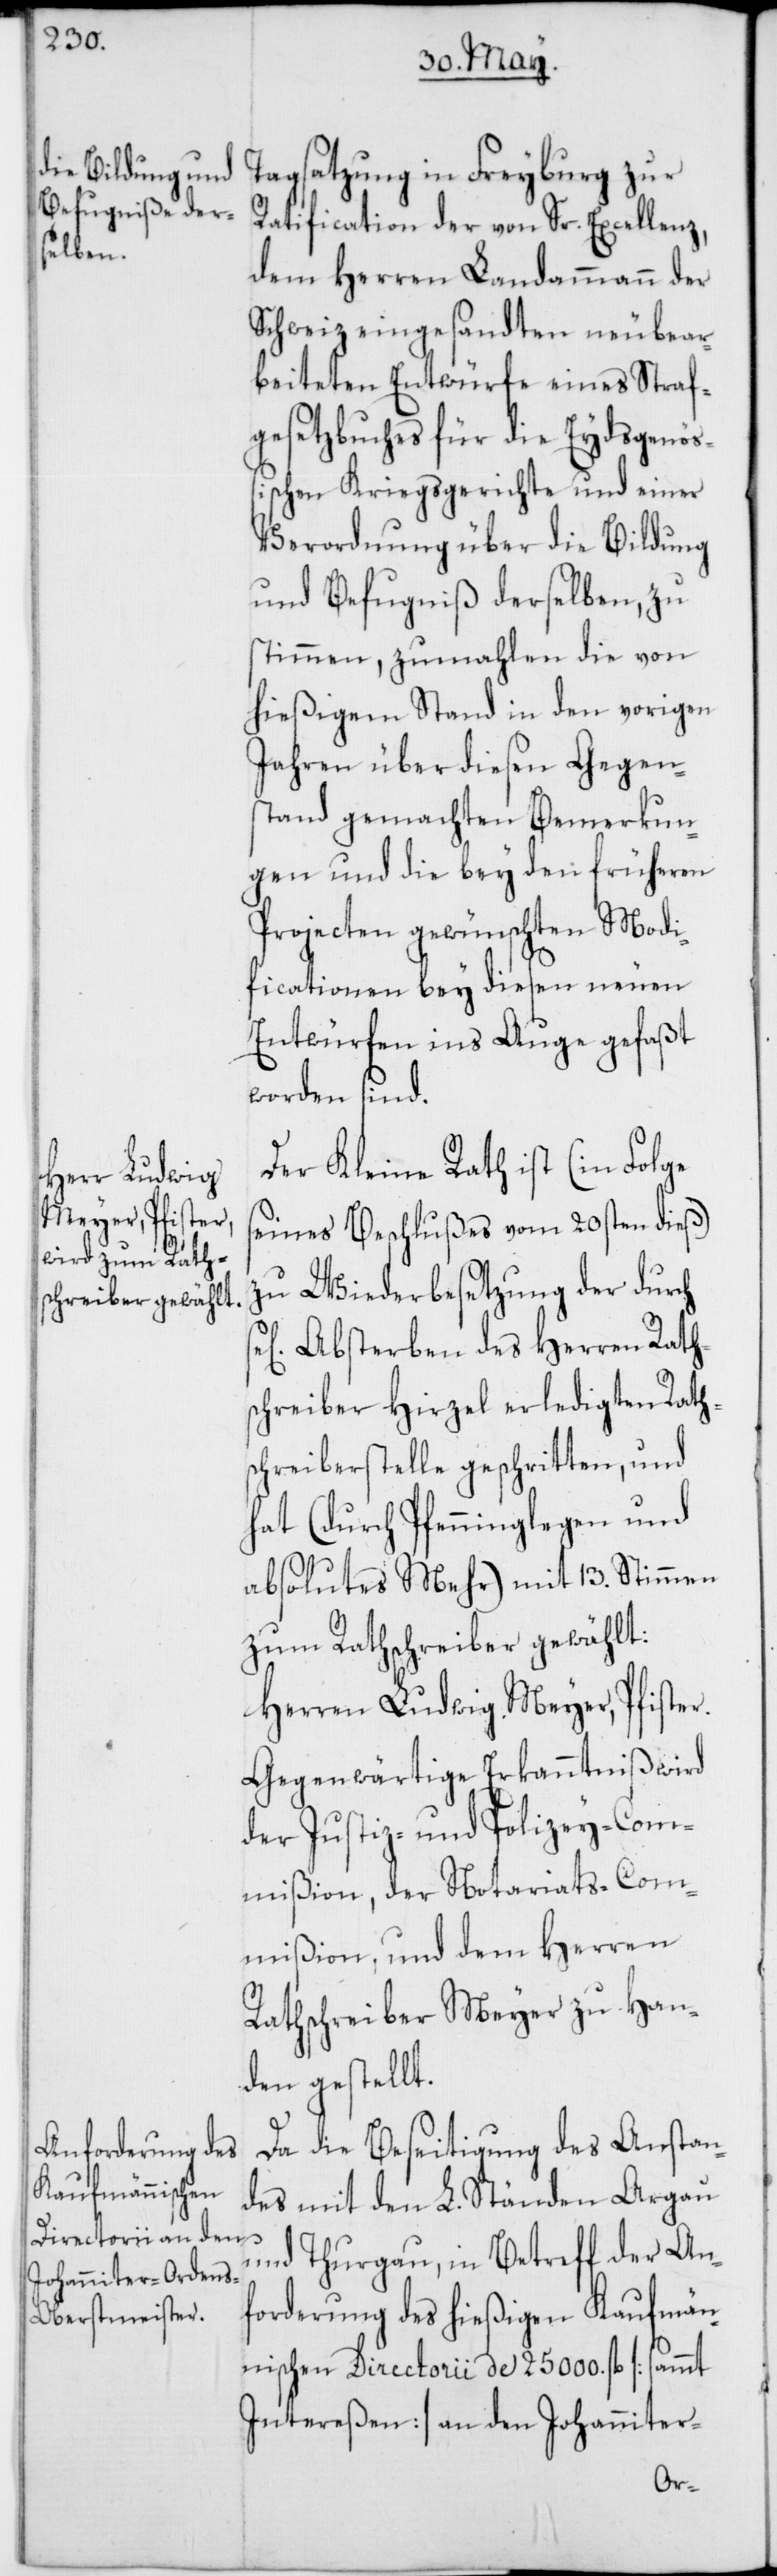
Tagsatzung in Freyburg zur
Ratification der von Sr. Excellenz,
dem Herren Landammann der
Schweiz eingesandten neu bear¬
beiteten Entwürfe eines Straf¬
gesetzbuches für die Eydsgenöß¬
ischen Kriegsgerichte und einer
Verordnung über die Bildung
und Befugniß derselben, zu
stimmen, zumahlen die von
hießigem Stand in den vorigen
Jahren über diesen Gegen¬
stand gemachten Bemerkun¬
gen und die bey den früheren
Projecten gewünschten Modi¬
ficationen bey diesen neuen
Entwürfen ins Auge gefaßt
worden sind.
Der Kleine Rath ist (in Folge
seines Beschlußes vom 20sten dieß)
zu Wiederbesetzung der durch
Absterben des Herren Raths¬
chreiber Hirzel erledigten Rath¬
schreiberstelle geschritten, und
hat (durch Pfenninglegen und
absolutes Mehr) mit 13. Stimmen
zum Rathschreiber gewählt:
Herren Ludwig Meyer, Pfister.
Gegenwärtige Erkanntnis wird
der Justiz- und Polizey-Com¬
mißion, der Notariats-Com¬
mißion und dem Herren
Rathschreiber Meyer zu Han¬
den gestellt.
Da die Beseitigung des Anstan¬
des mit den L. Ständen Argau
und Thurgau, in Betreff der An¬
forderung des hießigen Kaufmän¬
nischen Directorii de 25 000. fl. [sammt
Intereßen] an den Johanniter-